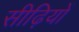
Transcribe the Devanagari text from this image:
सीढ़ियों